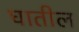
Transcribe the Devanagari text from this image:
घातील